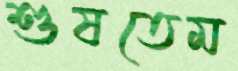
শুষতেম